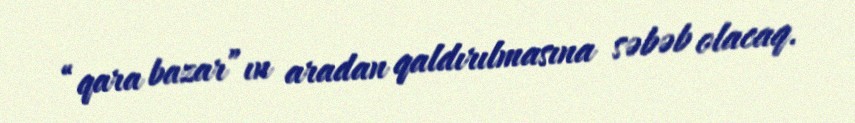
“qara bazar”ın aradan qaldırılmasına səbəb olacaq.